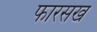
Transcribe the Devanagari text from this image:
फारसख